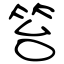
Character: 笞